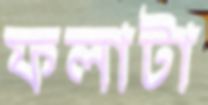
ফলাটা